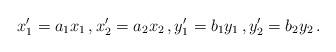
LaTeX: \begin{align*}x_1^\prime = a_1 x_1 \, , x_2^\prime = a_2 x_2 \, , y_1^\prime = b_1 y_1 \, , y_2^\prime = b_2 y_2 \, . \end{align*}